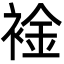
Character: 䘳